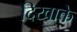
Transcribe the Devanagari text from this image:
दिखाके